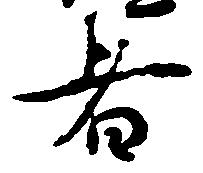
者